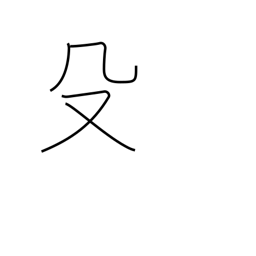
Meaning: pike